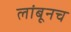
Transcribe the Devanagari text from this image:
लांबूनच